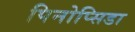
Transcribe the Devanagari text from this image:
पिनोप्सिडा